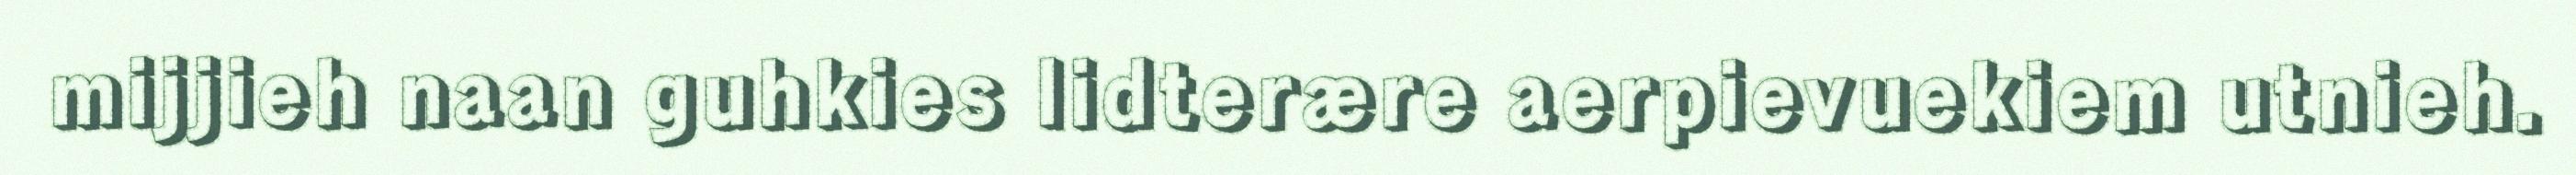
mijjieh naan guhkies lidterære aerpievuekiem utnieh.